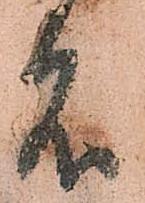
名